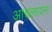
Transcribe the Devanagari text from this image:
आश्वलायन।